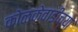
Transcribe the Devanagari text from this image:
कोळकेवाडीच्या